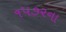
૧૫૭૨ના